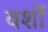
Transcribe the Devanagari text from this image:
वर्शों